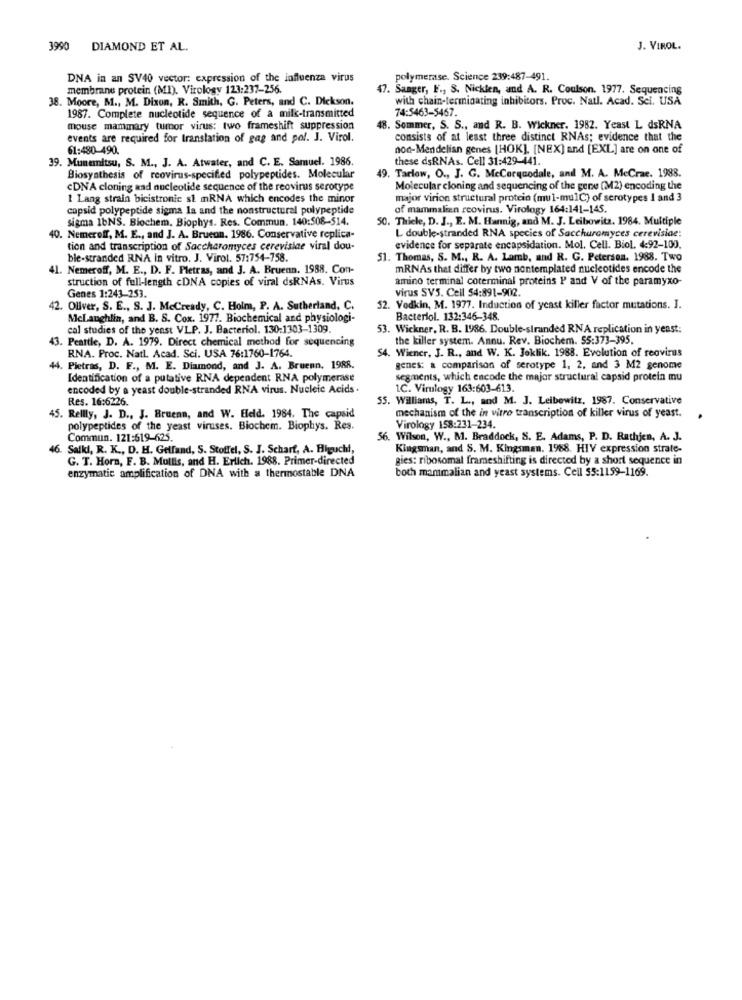
3990
DIAMOND ET AL.
J. VIROL.
DNA in an SV40 vector: expression of the influenza virus
polymerase. Science 239:487-491.
membrane protein (MI). Virology 123:237-256.
47. Sanger, E ., S. Nicklen, and A. R. Coulson. 1977. Sequencing
38. Moore, M ., M. Dixon, R. Smith, G. Peters, and C. Dickson.
with chain-terminating inhibitors. Proc. Natl. Acad. Sci. USA
74:5463-5467.
1987. Complete nucleotide sequence of a milk-transmitted
mouse mammary tumor virus: two frameshift suppression
18. Sommer, S. S ., and R. B. Wickner. 1982. Yeast L dsRNA
events are required for translation of gag and pol. J. Virol.
consists of at least three distinct RNAs; evidence that the
61:480-490.
nod-Mendelian genes [HOK], [NEX] and [EXL] are on one of
39. Munemitsu, S. M ., J. A. Atwater, and C. E. Samuel. 1986.
these dsRNAs. Cell 31:429-441.
Biosynthesis of reovirus-specified polypeptides. Molecular
49. Tarlow, O ., J. G. Mccorquodale, andl M. A. McCrae. 1988.
cDNA cloning and nucleotide sequence of the reovirus serotype
Molecular cloning and sequencing of the gere (M2) encoding the
1 Lang strain bicistronic st mRNA which encodes the minor
major virion structural protein (mul-mulC) of serotypes 1 and 3
copsid polypeptide sigma la and the nonstructural polypeptide
of mammalian reovirus. Virology 164:141-145.
sigma 1bNS. Biochem, Biophys. Res. Commun. 140:508-514.
50. Thiele, D. J ., E. M. Hannig, and M. J. Leibowitz. 1984. Multiple
L double-stranded RNA species of Saccharomyces cerevisiae:
40. Nemeroff, M. E ., and J. A. Brueon. 1986. Conservative replica-
tion and transcription of Saccharomyces cerevisiae viral dou-
evidence for separate encapsidation. Mol. Cell. Biol, 492-100.
ble-stranded RNA in vitro. J. Virol. 57:754-758.
51. Thomas, S. M ., R. A. Lamb, and R. G. Petersen. 1988. Two
41. Nemeroff, M. E ., D. F. Pletras, and 3. A. Bruenn. 1988. Con-
mRNAs that differ by two nontemplated nucleotides encode the
struction of full-length cDNA copies of viral dsRNAs. Virus
amino terminal coterminal proteins P and V of the paramyxo-
Genes 1:243-253.
virus SV5. Cell 54:891-902.
42. Oliver, S. E ., S. J. McCready, C. Holm, P. A. Sutherland, C.
52. Vedkin, M. 1977. Induction of yeast killer factor mutations. I.
Mclaughlin, and B. S. Cox. 1977. Biochemical and physiologi-
Bacteriol. 132:346-348.
cal studies of the yenst VLP. J. Bacteriol. 130:1303-1309.
53. Wickner, R. B. 1986. Double-stranded RNA replication in yeast:
43. Peattle, D. A. 1979. Direct chemical method for sequencing
the killer system. Annu. Rev. Biochem. 55:373-395.
RNA. Proc. Natl. Acad. Sci. USA 76:1760-1764.
54. Wiener, J. R ., and W. K. Joklik. 1988. Evolution of reovirus
44. Pietras, D. F ., M. E. Diamond, and J. A. Bruenn. 1988.
genes: a comparison of serotype 1, 2, and 3 M2 genome
Identification of a putative RNA dependent RNA polymerase
segments, which encode the major structural capsid protein mu
encoded by a yeast double-stranded RNA virus. Nucleic Acids .
1C. Virulogy 163:603-613.
Res. 16:6226.
55. Williams, T. L ., and M. J. Leibowitz. 1987. Conservative
45. Rellly, J. D ., J. Bruenn, and W. Eleld. 1984. The capsid
mechanism of the in vitro transcription of killer virus of yeast.
polypeptides of the yeast viruses. Biochem. Biophys. Res.
Virology 158:231-234.
Commun. 121:619-625.
56. Wilson, W ., M. Braddock, S. E. Adams, P. D. Rathjen, A. J.
46. Salki, R. K ., D. H. Gelfand, S. Stoffel, S. J. Scharf, A. Higucht,
Kingsman, and S. M. Kingsman. 1988. HIV expression strate-
G. T. Horn, F. B. Mullis, and H. Erlich. 1988. Primer-directed
gies: ribosomal frameshifting is directed by a short sequence in
enzymatic amplification of DNA with a thermostable DNA
both mammalian and yeast systems. Cell 55:1159-1169.